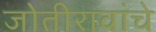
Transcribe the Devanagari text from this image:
जोतीरावांचे